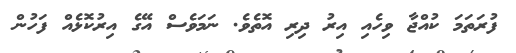
ފުރަތަމަ ކުއްޖާ ވިހެއި އިރު ދިރި އޮތެވެ. ނަމަވެސް އޭގެ އިރުކޮޅެއް ފަހުން